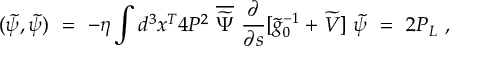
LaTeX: ( \widetilde \psi , \widetilde \psi ) \ = \ - \eta \int d ^ { 3 } x ^ { T } 4 P ^ { 2 } \ \overline { { { \widetilde \Psi } } } \ \frac { \partial } { \partial s } [ \widetilde g _ { 0 } ^ { - 1 } + \widetilde V ] \ \widetilde \psi \ = \ 2 P _ { L } \ ,